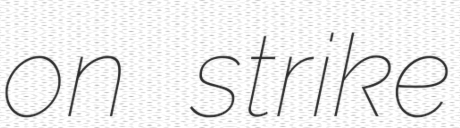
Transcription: on strike